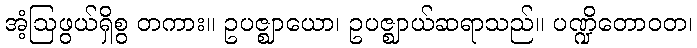
အံ့ဩဖွယ်ရှိစွ တကား။ ဥပဇ္ဈာယော၊ ဥပဇ္ဈာယ်ဆရာသည်။ ပဏ္ဍိတောဝတ၊